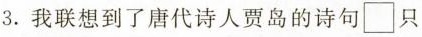
3.我联想到了唐代诗人贾岛的诗句□只